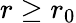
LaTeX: r\geq r_{0}